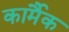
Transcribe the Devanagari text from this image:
कार्मैक